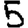
Digit: 5